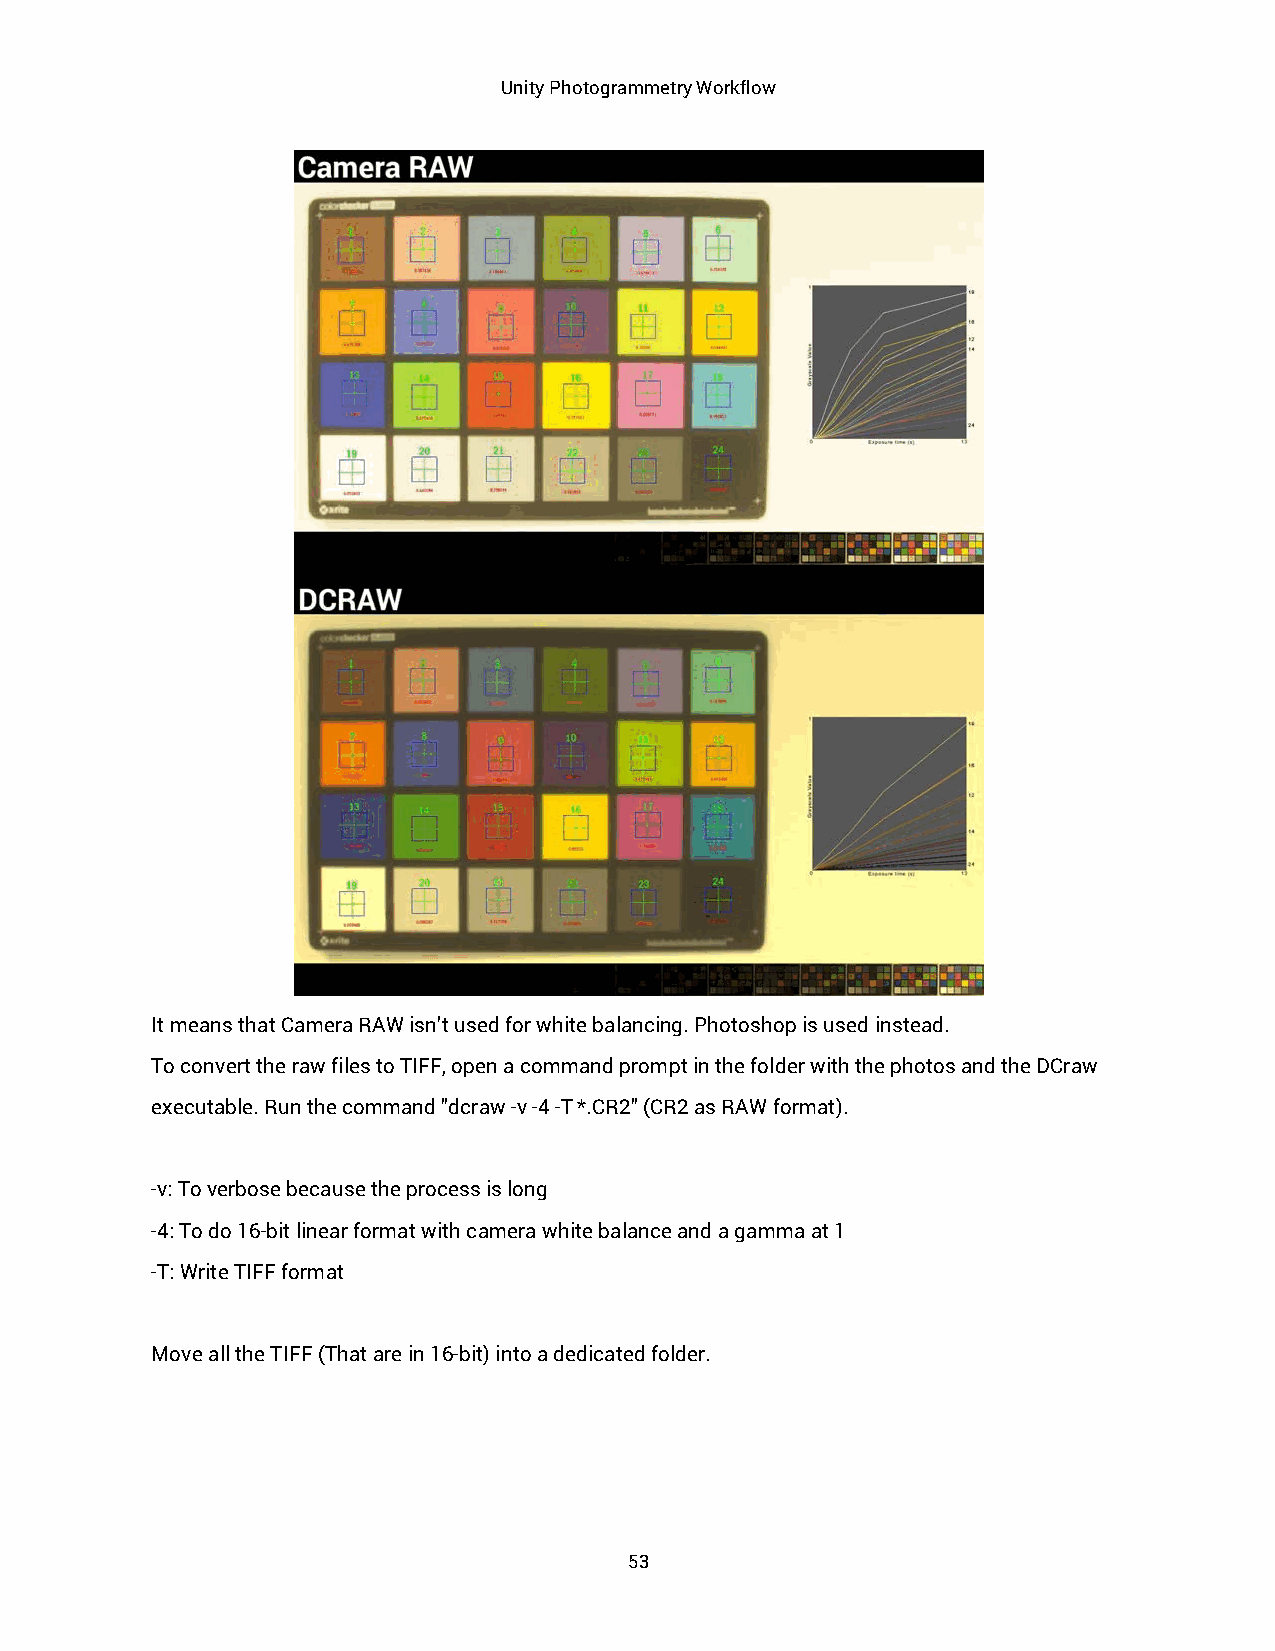
Unity Photogrammetry Workflow
 It means that Camera RAW isn’t used for white balancing. Photoshop is used instead.
 To convert the raw files to TIFF, open a command prompt in the folder with the photos and the DCraw
 executable. Run the command "dcraw -v -4 -T *.CR2" (CR2 as RAW format).
 -v: To verbose because the process is long
 -4: To do 16-bit linear format with camera white balance and a gamma at 1
 -T: Write TIFF format
 Move all the TIFF (That are in 16-bit) into a dedicated folder.
 53